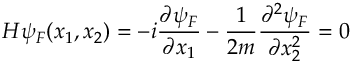
{ \cal H } \psi _ { F } ( x _ { 1 } , x _ { 2 } ) = - i \frac { \partial \psi _ { F } } { \partial x _ { 1 } } - \frac { 1 } { 2 m } \frac { \partial ^ { 2 } \psi _ { F } } { \partial x _ { 2 } ^ { 2 } } = 0